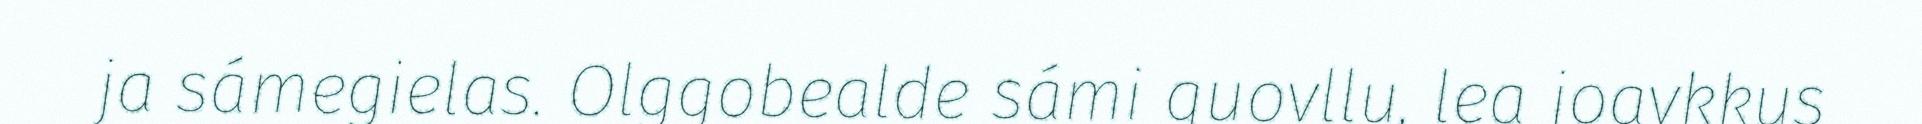
ja sámegielas. Olggobealde sámi guovllu, lea joavkkus